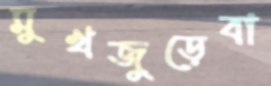
মুখজুড়েবা